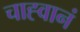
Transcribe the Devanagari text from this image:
चाह्वानं